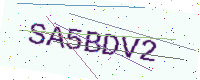
Text: SA5BDV2